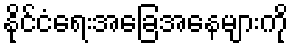
နိုင်ငံရေးအခြေအနေများကို